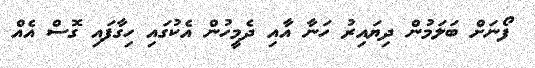
ފޯނަށް ބަލަމުން ދިޔައިރު ހަނާ އާއި ދެމީހުން އެކުގައި ހިގާފައި ގޮސް އެއް